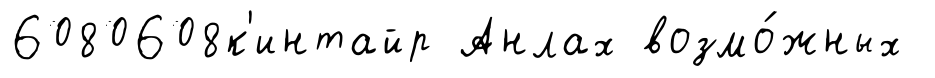
6080608к'интайр Анлах возмо́жных